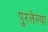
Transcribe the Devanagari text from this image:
पुरलेल्या